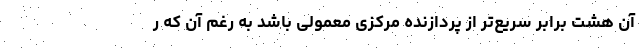
آن هشت برابر سریع‌تر از پردازنده مرکزی معمولی باشد به رغم آن که ر